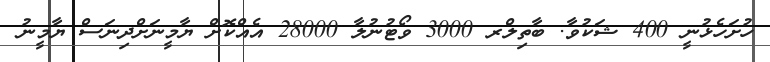
ހުށަހެޅުނީ 400 ޝަކުވާ. ބާތިލްރ 3000 ވޯޓުނުލާ 28000 އެއްކޮށް ޔާމީނަށްދިނަސް ޔާމީނު